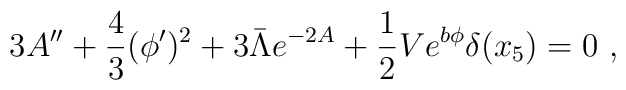
3A^{\prime\prime}+\frac{4}{3}(\phi^\prime)^2+3\bar{\Lambda} e^{-2A}+\frac{1}{2}Ve^{b\phi}\delta(x_5)=0~,